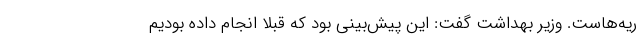
ریه‌هاست. وزیر بهداشت گفت: این پیش‌بینی بود که قبلا انجام داده بودیم